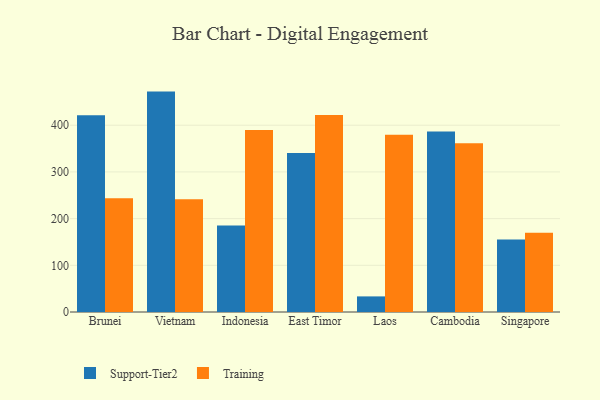
{"axis": {"x": "Country", "y": "Humidity (%)"}, "legend": ["Support-Tier2", "Training"], "data": [{"x": "Brunei", "y": 421.2, "type": "Support-Tier2"}, {"x": "Brunei", "y": 243.4, "type": "Training"}, {"x": "Vietnam", "y": 472.0, "type": "Support-Tier2"}, {"x": "Vietnam", "y": 241.6, "type": "Training"}, {"x": "Indonesia", "y": 185.5, "type": "Support-Tier2"}, {"x": "Indonesia", "y": 389.6, "type": "Training"}, {"x": "East Timor", "y": 340.4, "type": "Support-Tier2"}, {"x": "East Timor", "y": 421.8, "type": "Training"}, {"x": "Laos", "y": 33.4, "type": "Support-Tier2"}, {"x": "Laos", "y": 379.5, "type": "Training"}, {"x": "Cambodia", "y": 386.8, "type": "Support-Tier2"}, {"x": "Cambodia", "y": 361.3, "type": "Training"}, {"x": "Singapore", "y": 155.1, "type": "Support-Tier2"}, {"x": "Singapore", "y": 169.9, "type": "Training"}]}